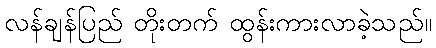
လန်ချန်ပြည် တိုးတက် ထွန်းကားလာခဲ့သည်။